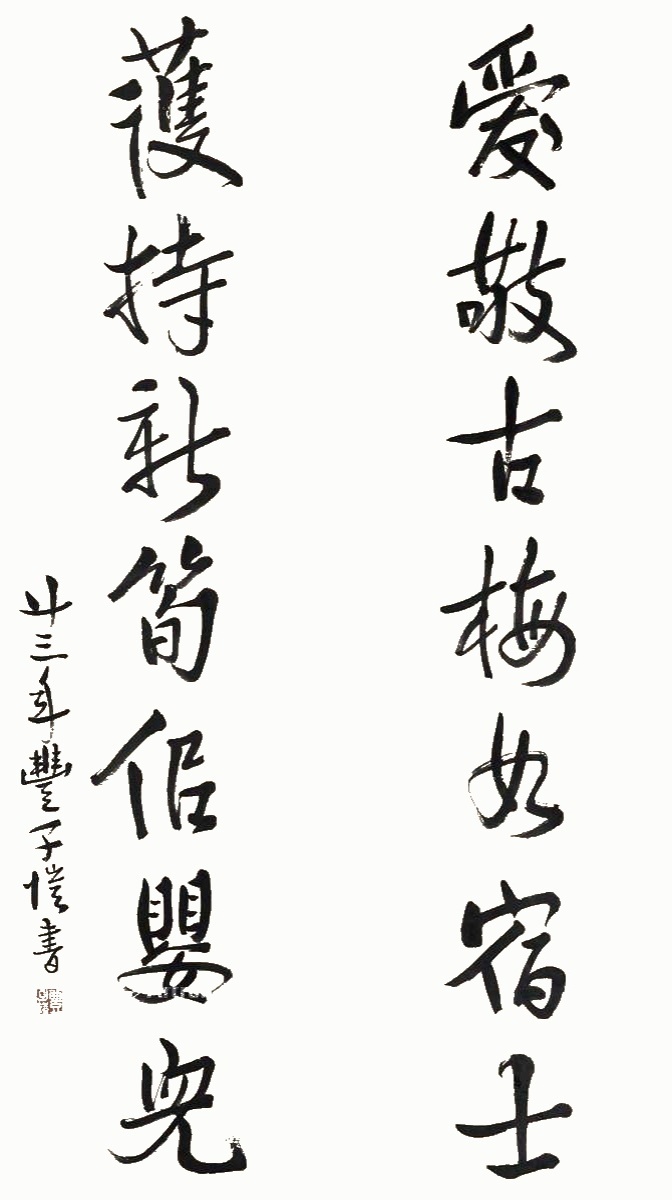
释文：爱敬古梅如宿士，护持新笋似婴儿。廿三年，丰子恺书。